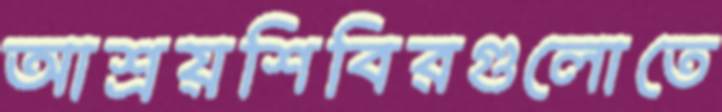
আশ্রয়শিবিরগুলোতে